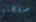
صفحتي